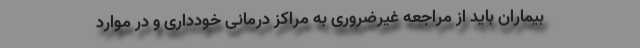
بیماران باید از مراجعه غیرضروری به مراکز درمانی خودداری و در موارد